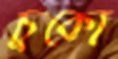
চুকো